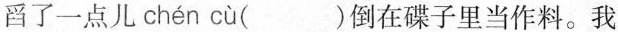
舀了一点儿 chén cù ( )倒在碟子里当作料。我